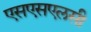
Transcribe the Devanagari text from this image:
एसएसएलसी